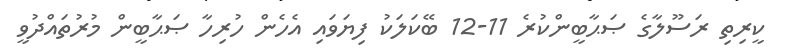
ކީރިތި ރަސޫލާގެ ޞަޙާބީންކުރެ 11-12 ބޭކަލަކު ފިޔަވައި އެހެން ހުރިހާ ޞަޙާބީން މުރުތައްދުވީ